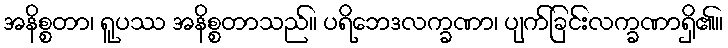
အနိစ္စတာ၊ ရူပဿ အနိစ္စတာသည်။ ပရိဘေဒလက္ခဏာ၊ ပျက်ခြင်းလက္ခဏာရှိ၏။